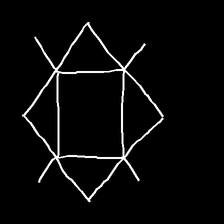
Glyph: light